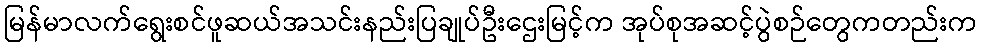
မြန်မာလက်ရွေးစင်ဖူဆယ်အသင်းနည်းပြချုပ်ဦးဌေးမြင့်က အုပ်စုအဆင့်ပွဲစဉ်တွေကတည်းက